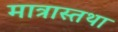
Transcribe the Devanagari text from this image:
मात्रास्तथा